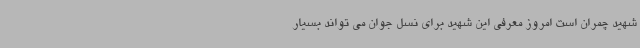
شهید چمران است امروز معرفی این شهید برای نسل جوان می تواند بسیار